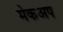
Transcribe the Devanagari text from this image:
मेकअप